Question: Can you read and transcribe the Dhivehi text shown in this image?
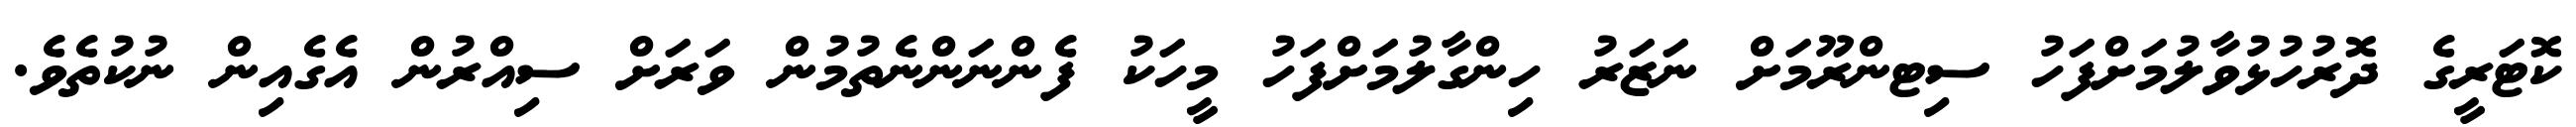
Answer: ކޮޓަރީގެ ދޮރުހުޅުވާލުމަށްފަހު ސިޓންރޫމަށް ނަޒަރު ހިންގާލުމަށްފަހު މީހަކު ފެންނަންނެތުމުން ވަރަށް ސިއްރުން އެގެއިން ނުކުތެވެ.